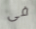
فى